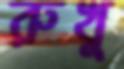
রুখু